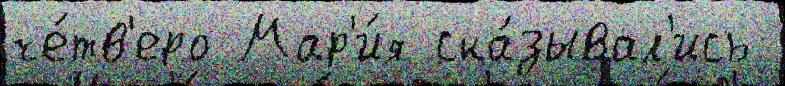
че́тв'еро Мар'и́я ска́зывал'ись